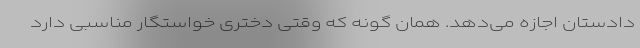
دادستان اجازه می‌دهد. همان گونه که وقتی دختری خواستگار مناسبی دارد